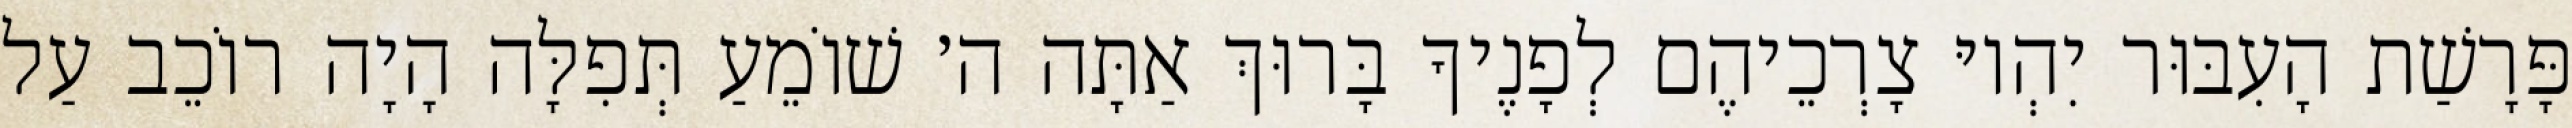
פָּרָשַׁת הָעִבּוּר יִהְיוּ צָרְכֵיהֶם לְפָנֶיךָ בָּרוּךְ אַתָּה ה׳ שׁוֹמֵעַ תְּפִלָּה הָיָה רוֹכֵב עַל